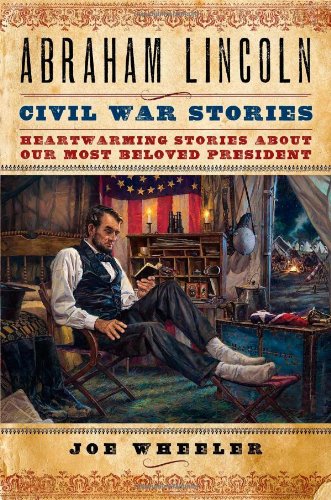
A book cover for Abraham Lincoln Civil War Stories: Heartwarming Stories about Our Most Beloved President; Joe Wheeler; History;